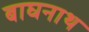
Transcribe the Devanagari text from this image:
बाघनाथ